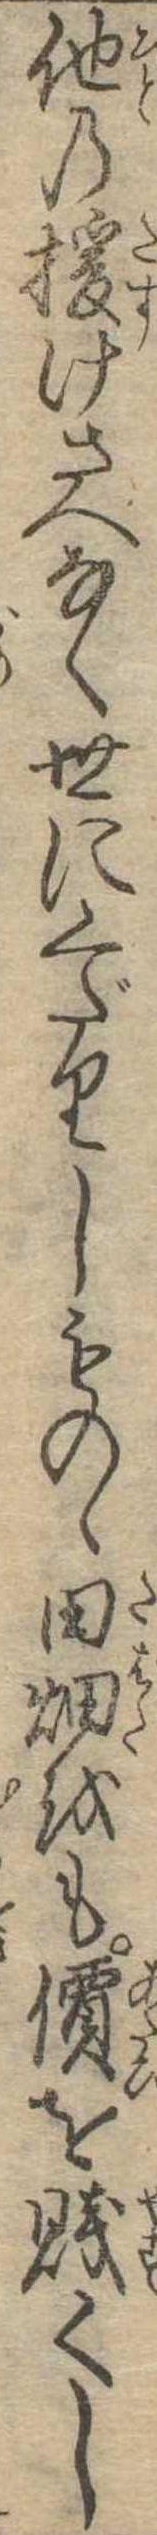
他の援けさへなく世にくだりしものゝ田畑をも価を賎くし